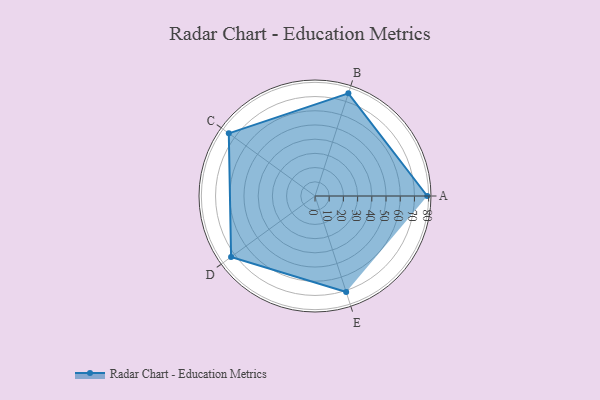
{"axis": {"x": "Skill", "y": "Score"}, "legend": ["Profile"], "data": [{"x": "A", "y": 79.0, "type": "Profile"}, {"x": "B", "y": 76.0, "type": "Profile"}, {"x": "C", "y": 75.0, "type": "Profile"}, {"x": "D", "y": 73.0, "type": "Profile"}, {"x": "E", "y": 71.0, "type": "Profile"}]}